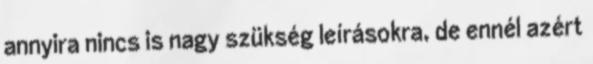
annyira nincs is nagy szükség leírásokra, de ennél azért